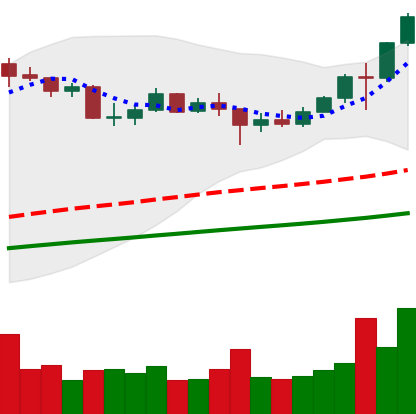
Ticker: LINK-USD
Chart end date: 2020-08-04
Forward return: 41.045%
Label: up_7plus